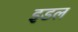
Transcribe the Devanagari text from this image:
इडल